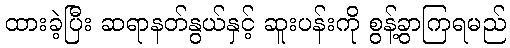
ထားခဲ့ပြီး ဆရာနတ်နွယ်နှင့် ဆူးပန်းကို စွန့်ခွာကြရမည်